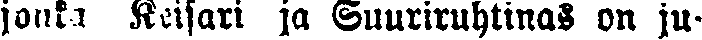
jonka Keisari ja Suuriruhtinas on ju-